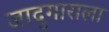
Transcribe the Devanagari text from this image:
जादुगाराला